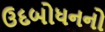
ઉદબોધનનો